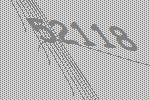
52118